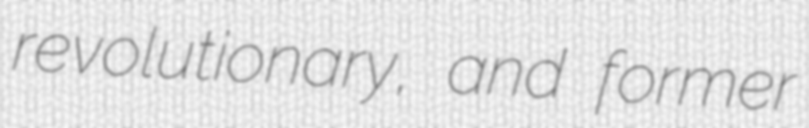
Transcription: revolutionary, and former